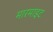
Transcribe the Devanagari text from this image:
मारमाइट